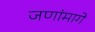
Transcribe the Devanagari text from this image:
जणांमागे